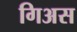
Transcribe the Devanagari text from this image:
गिअस